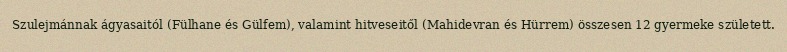
Szulejmánnak ágyasaitól (Fülhane és Gülfem), valamint hitveseitől (Mahidevran és Hürrem) összesen 12 gyermeke született.